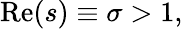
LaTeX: \operatorname{R\mathrm{e}}(s)\equiv\sigma>1,